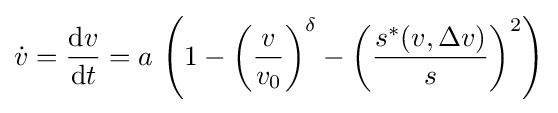
{\dot {v}}={\frac {\mathrm {d} v}{\mathrm {d} t}}=a\,\left(1-\left({\frac {v}{v_{0}}}\right)^{\delta }-\left({\frac {s^{*}(v,\Delta v)}{s}}\right)^{2}\right)